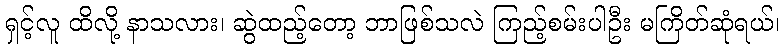
ရှင့်လူ ထိလို့ နာသလား၊ ဆွဲထည့်တော့ ဘာဖြစ်သလဲ ကြည့်စမ်းပါဦး မကြိတ်ဆုံရယ်၊